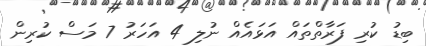
ބިޑު ކުރި ފަރާތްތައް އަޅައެއް ނުލި 4 އަހަރު 7 މަސް ކުރިން